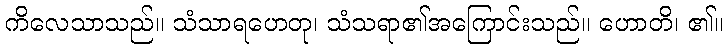
ကိလေသာသည်။ သံသာရဟေတု၊ သံသရာ၏အကြောင်းသည်။ ဟောတိ၊ ၏။